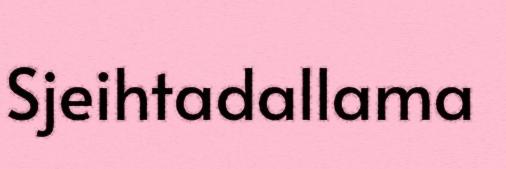
Sjeihtadallama